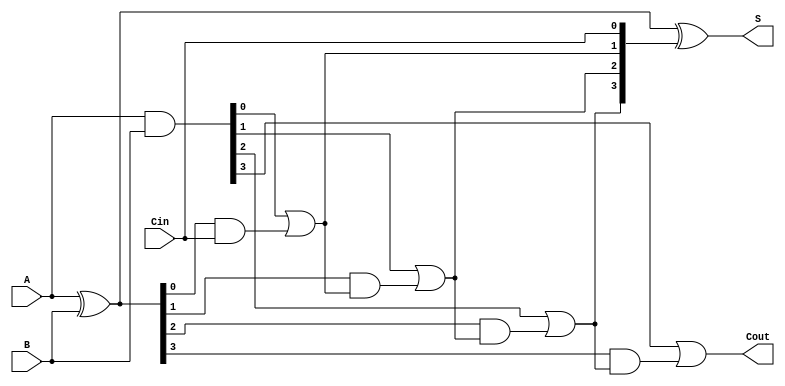
module CLA_4bit (
    input  [3:0] A,      // 4-bit input A
    input  [3:0] B,      // 4-bit input B
    input        Cin,     // Carry-in input
    output [3:0] S,      // 4-bit Sum output
    output       Cout     // Carry-out output
);

    wire [3:0] G;  // Generate signals
    wire [3:0] P;  // Propagate signals
    wire [3:0] C;  // Carry signals

    // Generate and Propagate Calculation
    assign G = A & B;           // Generate
    assign P = A ^ B;           // Propagate

    // Carry Calculation
    assign C[0] = G[0] | (P[0] & Cin);  // C0
    assign C[1] = G[1] | (P[1] & C[0]); // C1
    assign C[2] = G[2] | (P[2] & C[1]); // C2
    assign C[3] = G[3] | (P[3] & C[2]); // C3

    // Sum Calculation
    assign S = P ^ {C[2:0], Cin}; // Sum = A XOR B XOR Carry

    // Final Carry-out
    assign Cout = C[3]; // Final carry-out

endmodule